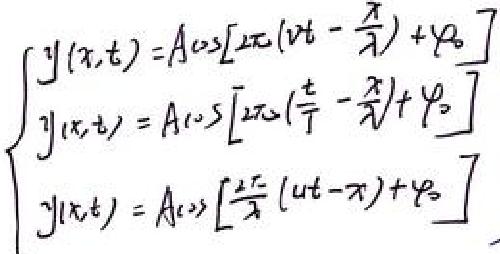
\begin{cases}
y(x,t)=A\cos\left[2\pi\left(\nu t-\frac{x}{\lambda}\right)+\varphi_0\right] \\
y(x,t)=A\cos\left[2\pi\left(\frac{t}{T}-\frac{x}{\lambda}\right)+\varphi_0\right] \\
y(x,t)=A\cos\left[\frac{2\pi}{\lambda}(ut - x)+\varphi_0\right]
\end{cases}